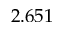
2 . 6 5 1